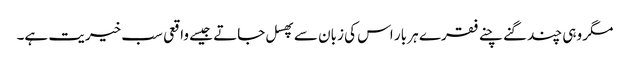
مگر وہی چند گنے چنے فقرے ہر بار اس کی زبان سے پھسل جاتے جیسے واقعی سب خیریت ہے۔